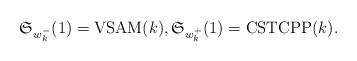
\begin{gather*} \mathfrak{S}_{{w_{k}^{-}}}(1)={\rm VSAM}(k), \mathfrak{S}_{{w_{k}^{+}}}(1) = {\rm CSTCPP}(k) .\end{gather*}